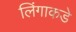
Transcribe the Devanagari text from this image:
लिंगाकडे